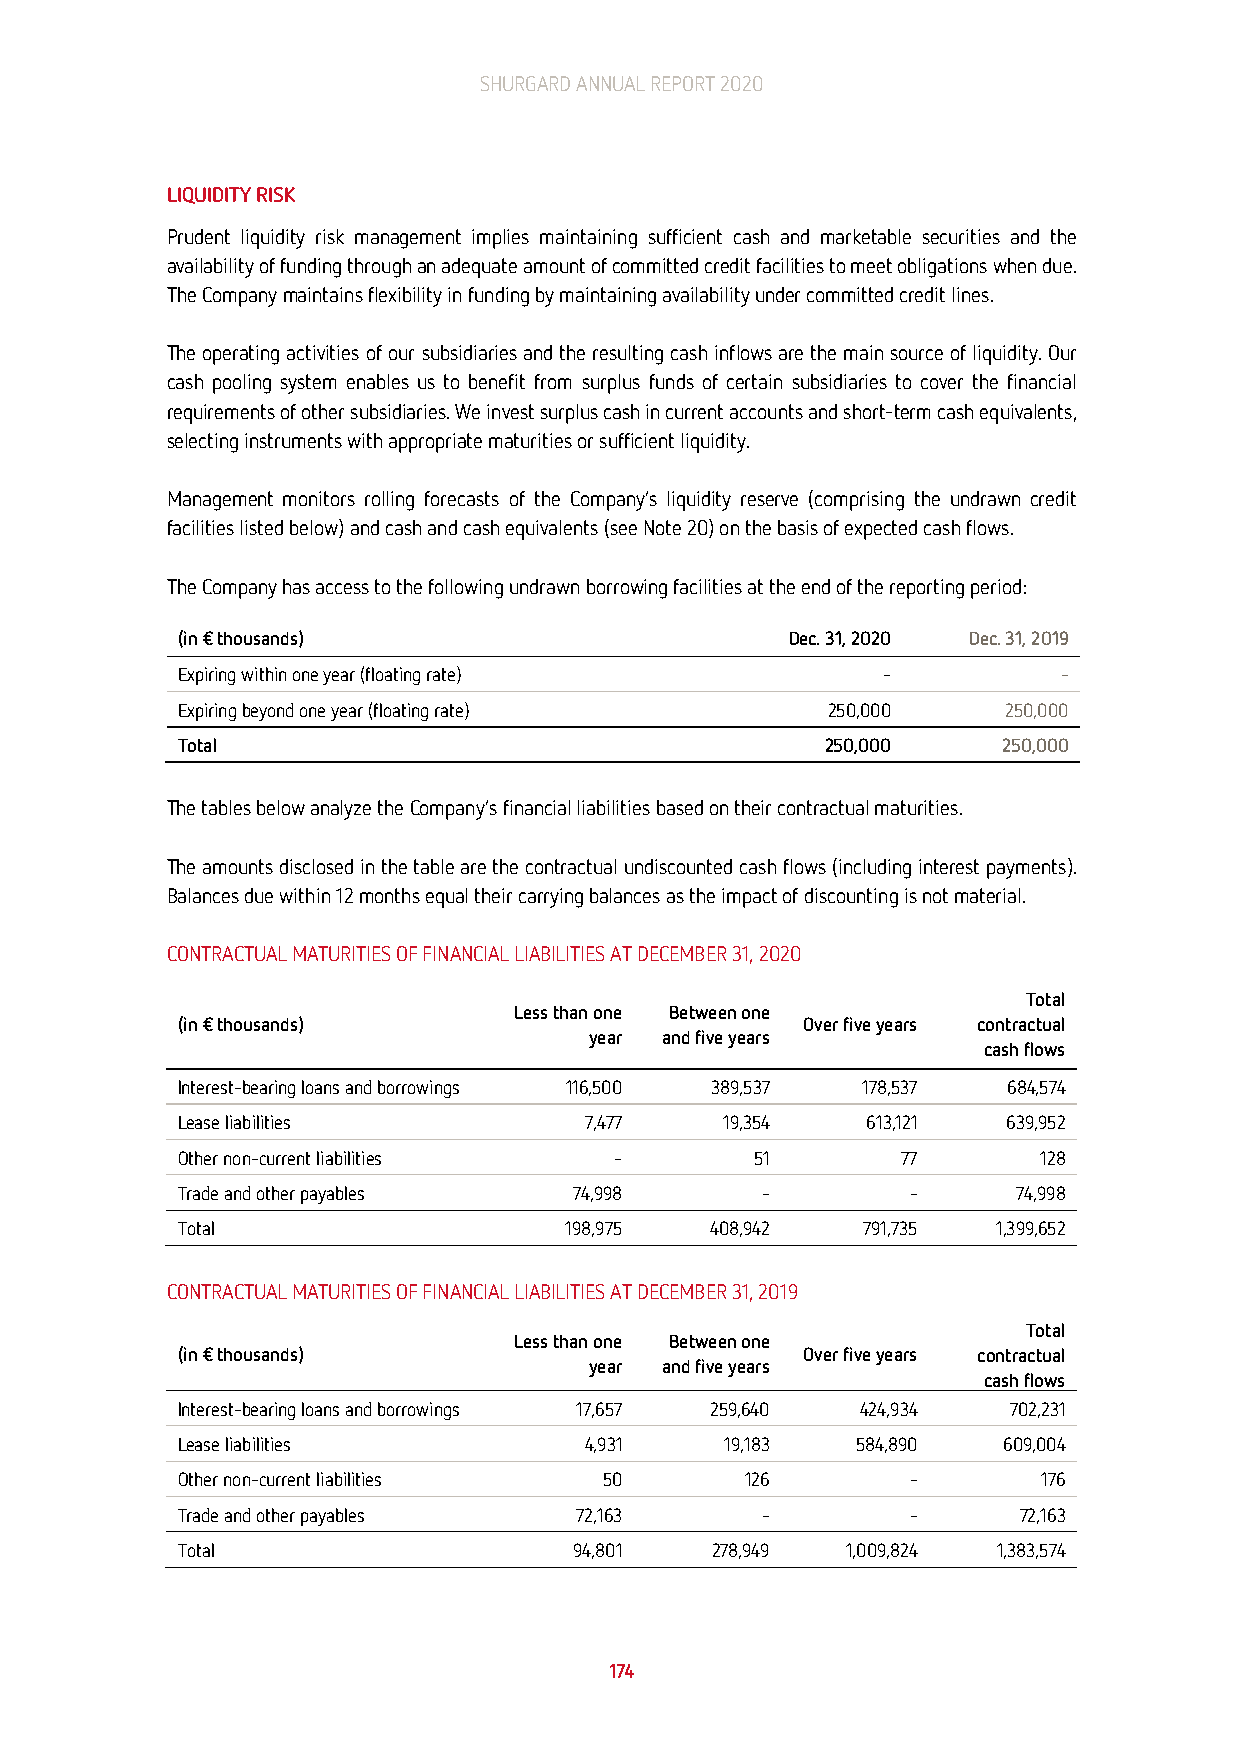
SHURGARD ANNUAL REPORT 2020
 LIQUIDITY RISK
 Prudent liquidity risk management implies maintaining sufficient cash and marketable securities and the
 availability of funding through an adequate amount of committed credit facilities to meet obligations when due.
 The Company maintains flexibility in funding by maintaining availability under committed credit lines.
 The operating activities of our subsidiaries and the resulting cash inflows are the main source of liquidity. Our
 cash pooling system enables us to benefit from surplus funds of certain subsidiaries to cover the financial
 requirements of other subsidiaries. We invest surplus cash in current accounts and short-term cash equivalents,
 selecting instruments with appropriate maturities or sufficient liquidity.
 Management monitors rolling forecasts of the Company’s liquidity reserve (comprising the undrawn credit
 facilities listed below) and cash and cash equivalents (see Note 20) on the basis of expected cash flows.
 The Company has access to the following undrawn borrowing facilities at the end of the reporting period:
 (in € thousands)                        Dec. 31, 2020 Dec. 31, 2019
 Expiring within one year (floating rate)      -           -
 Expiring beyond one year (floating rate)   250,000     250,000
 Total                                      250,000    250,000
 The tables below analyze the Company’s financial liabilities based on their contractual maturities.
 The amounts disclosed in the table are the contractual undiscounted cash flows (including interest payments).
 Balances due within 12 months equal their carrying balances as the impact of discounting is not material.
 CONTRACTUAL MATURITIES OF FINANCIAL LIABILITIES AT DECEMBER 31, 2020
 Total
 Less than one Between one
 (in € thousands)                         Over five years contractual
 year and five years
 cash flows
 Interest-bearing loans and borrowings 116,500 389,537 178,537 684,574
 Lease liabilities          7,477    19,354   613,121   639,952
 Other non-current liabilities -       51        77       128
 Trade and other payables  74,998      -         -      74,998
 Total                    198,975   408,942   791,735  1,399,652
 CONTRACTUAL MATURITIES OF FINANCIAL LIABILITIES AT DECEMBER 31, 2019
 Total
 Less than one Between one
 (in € thousands)                         Over five years contractual
 year and five years
 cash flows
 Interest-bearing loans and borrowings 17,657 259,640 424,934 702,231
 Lease liabilities          4,931    19,183   584,890  609,004
 Other non-current liabilities 50     126        -        176
 Trade and other payables  72,163      -         -      72,163
 Total                     94,801   278,949  1,009,824 1,383,574
 174